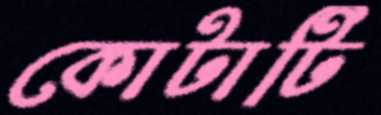
কোটাটি